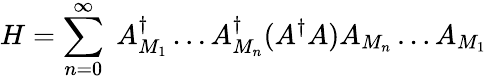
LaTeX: H=\sum_{n=0}^{\infty}\; A_{M_{1}}^{\dagger}\ldots A_{M_{n}}^{\dagger}(A^{\dagger}A)A_{M_{n}}\ldots A_{M_{1}}